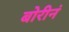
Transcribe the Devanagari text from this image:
बोरीनं